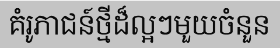
គំរូភាជន៍ថ្មីដ៏ល្អៗមួយចំនួន